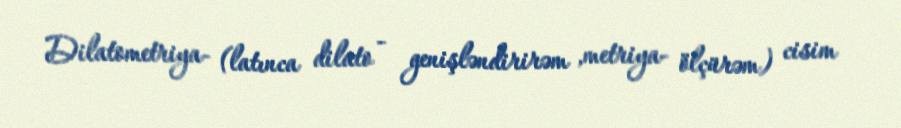
Dilatometriya- (latınca dilato - genişləndirirəm ,metriya- ölçürəm) cisim